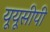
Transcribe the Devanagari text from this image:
यूयूसीपी